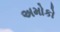
અમોકો